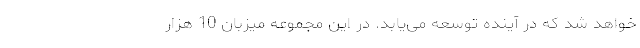
خواهد شد كه در آینده توسعه می‌یابد. در این مجموعه میزبان 10 هزار